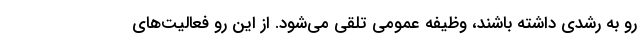
رو به رشدی داشته باشند، وظیفه عمومی تلقی می‌شود. از این رو فعالیت‌های